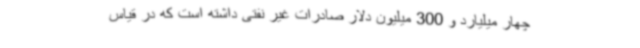
چهار میلیارد و 300 میلیون دلار صادرات غیر نفتی داشته است که در قیاس